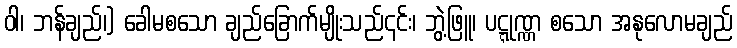
ဝါ၊ ဘန်ချည်၊) ခေါမစသော ချည်ခြောက်မျိုးသည်၎င်း၊ ဘွဲ့ဖြူ၊ ပဋ္ဋုဏ္ဏ စသော အနုလောမချည်